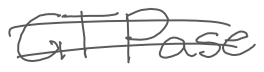
Text: GTPase
Cross-out: double-line
Writing tool: digital_gray